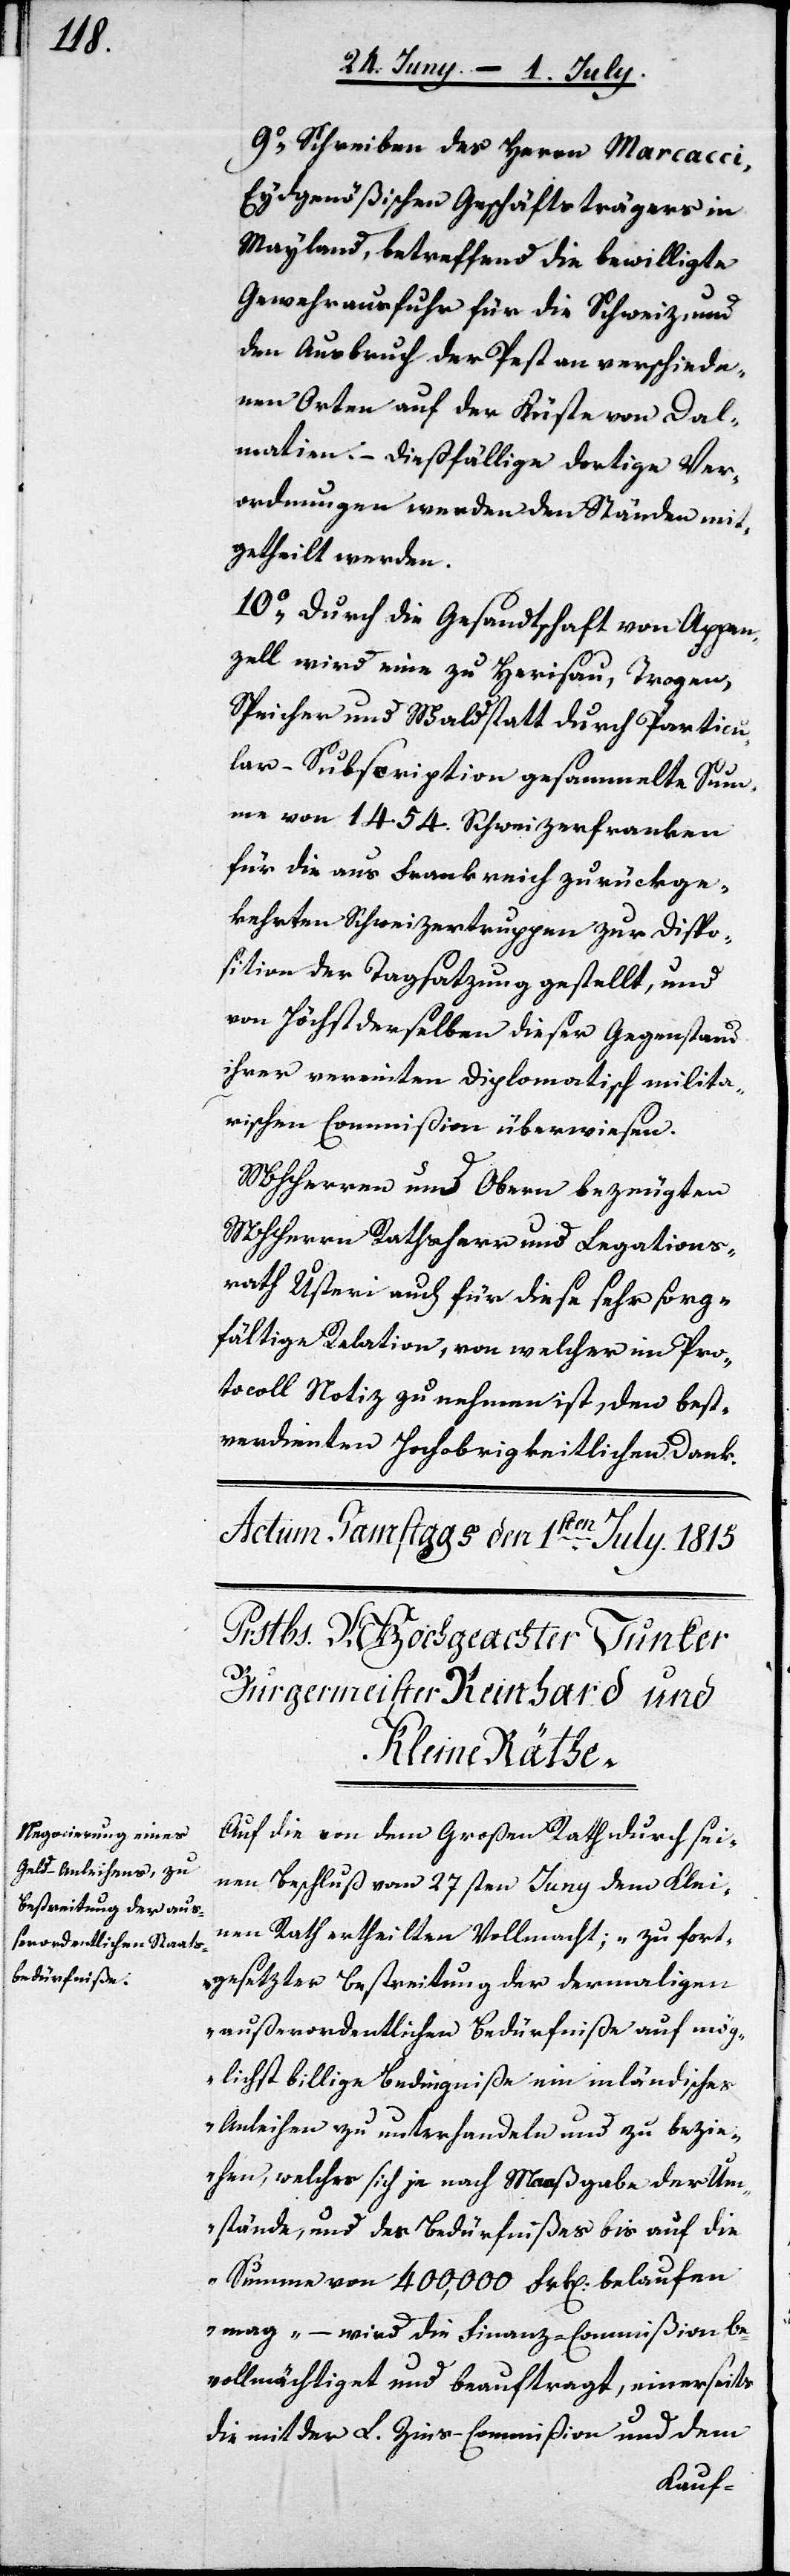
9o Schreiben des Herrn Marcacci,
Eydgenößischen Geschäftsträgers in
Mayland, betreffend die bewilligte
Gewehrausfuhr für die Schweiz, und
den Ausbruch der Pest an verschiede¬
nen Orten auf der Küste von Dal¬
matien. – Dießfällige dortige Ver¬
ordnungen werden den Ständen mit¬
getheilt werden.
10o Durch die Gesandtschaft von Appen¬
zell wird eine zu Herisau, Trogen,
Speicher und Waldstatt durch Particu¬
lar-Subscription gesammelte Sum¬
me von 1454. Schweizerfranken
für die aus Frankreich zurückge¬
kehrten Schweizertruppen zur Dispo¬
sition der Tagsatzung gestellt, und
von Höchstderselben dieser Gegenstand
ihrer vereinten Diplomatisch milita¬
rischen Commißion überwiesen.
MHHerren und Obern bezeugten
MHHerrn Rathsherr und Legations¬
rath Usteri auch für diese sehr sorg¬
fältige Relation, von welcher im Pro¬
tocoll Notiz zu nehmen ist, den best¬
verdienten Hochobrigkeitlichen Dank.
Auf die von dem Großen Rath durch sei¬
nen Beschluß vom 27sten Juny dem Klei¬
nen Rath ertheilten Vollmacht; „zu fort¬
gesetzter Bestreitung der dermaligen
außerordentlichen Bedürfniße auf mög¬
lichst billige Bedingniße ein inländisches
Anleihen zu unterhandeln und zu bezie¬
hen, welches sich je nach Maaßgabe der Um¬
stände, und des Bedürfnißes bis auf die
Summe von 400,000 Frk[en]. belaufen
mag“ – wird die Finanz-Commißion be¬
vollmächtiget und beauftragt, einerseits
die mit der L. Zins-Commißion und dem